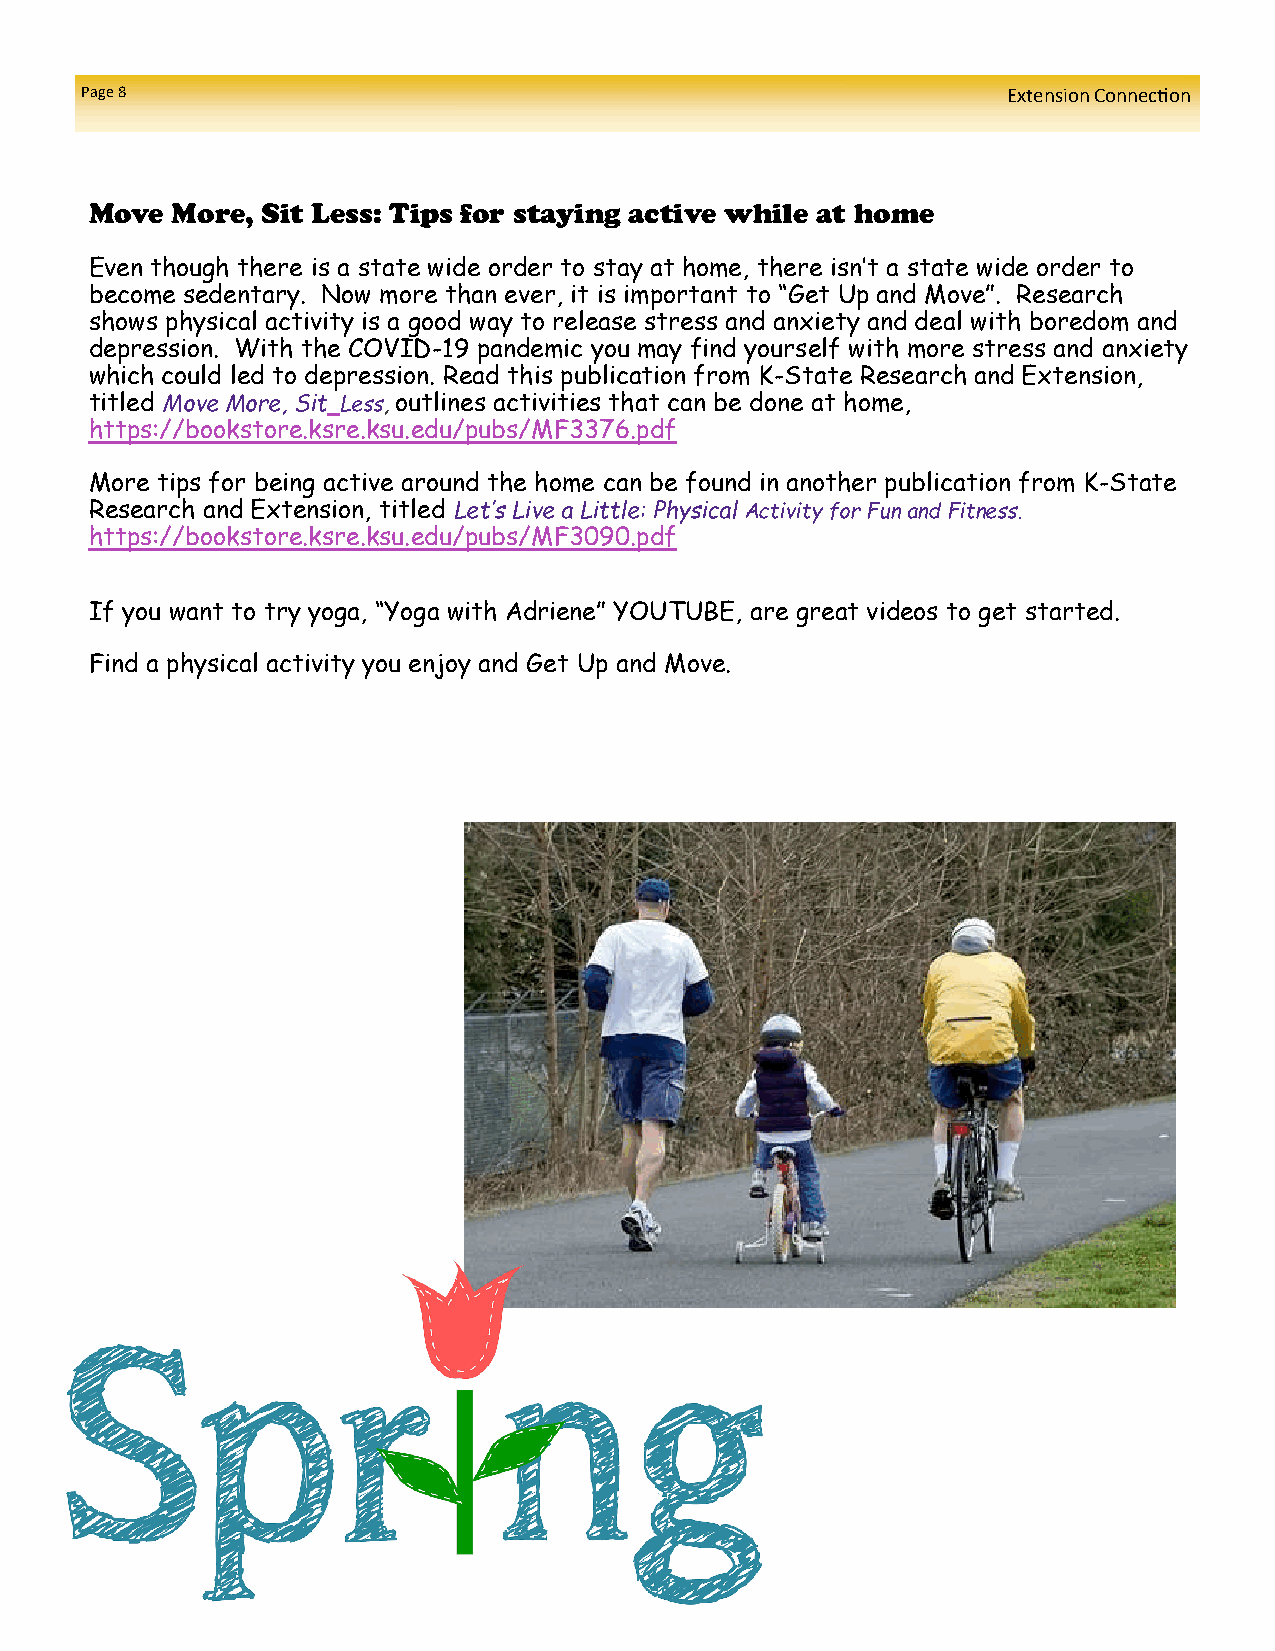
Page 8                                                        Extension Connection
 Move More, Sit Less: Tips for staying active while at home
 Even though there is a state wide order to stay at home, there isn’t a state wide order to
 become sedentary. Now more than ever, it is important to “Get Up and Move”. Research
 shows physical activity is a good way to release stress and anxiety and deal with boredom and
 depression. With the COVID-19 pandemic you may find yourself with more stress and anxiety
 which could led to depression. Read this publication from K-State Research and Extension,
 titled Move More, Sit Less, outlines activities that can be done at home,
 https://bookstore.ksre.ksu.edu/pubs/MF3376.pdf
 More tips for being active around the home can be found in another publication from K-State
 Research and Extension, titled Let’s Live a Little: Physical Activity for Fun and Fitness.
 https://bookstore.ksre.ksu.edu/pubs/MF3090.pdf
 If you want to try yoga, “Yoga with Adriene” YOUTUBE, are great videos to get started.
 Find a physical activity you enjoy and Get Up and Move.